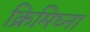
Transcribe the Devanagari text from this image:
क्रिमिघ्ना